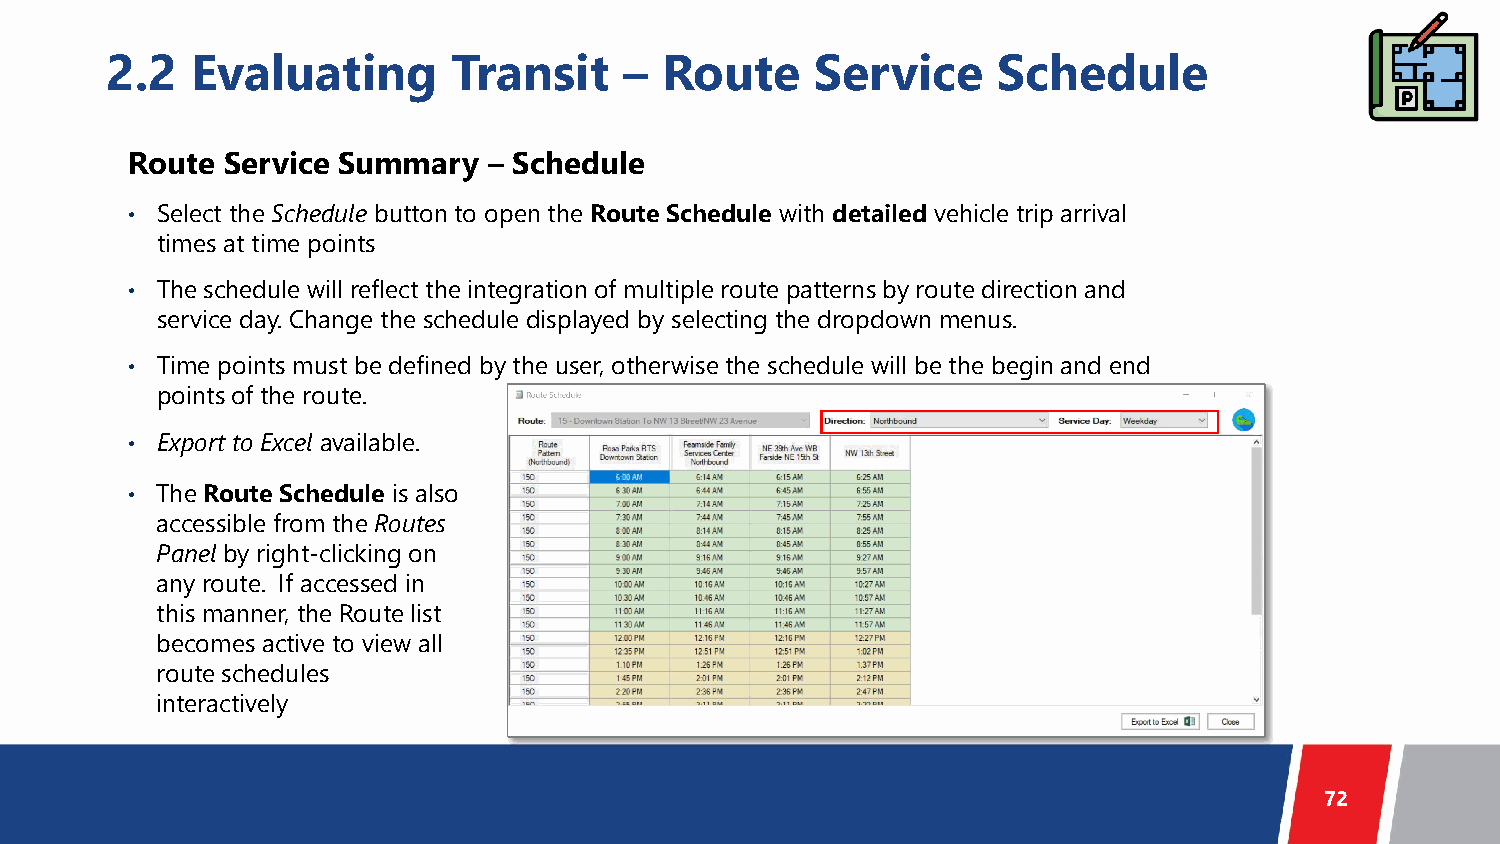
2.2   Evaluating       Transit    –  Route     Service     Schedule
 Route Service Summary  – Schedule
 • Select the Schedule button to open the Route Schedule with detailed vehicle trip arrival
 times at time points
 • The schedule will reflect the integration of multiple route patterns by route direction and
 service day. Change the schedule displayed by selecting the dropdown menus.
 • Time points must be defined by the user, otherwise the schedule will be the begin and end
 points of the route.
 • Export to Excel available.
 • The Route Schedule is also
 accessible from the Routes
 Panel by right-clicking on
 any route. If accessed in
 this manner, the Route list
 becomes active to view all
 route schedules
 interactively
 72